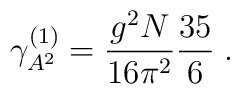
\gamma _{A^{2}}^{(1)}=\frac{g^{2}N}{16\pi ^{2}}\frac{35}{6}\;.